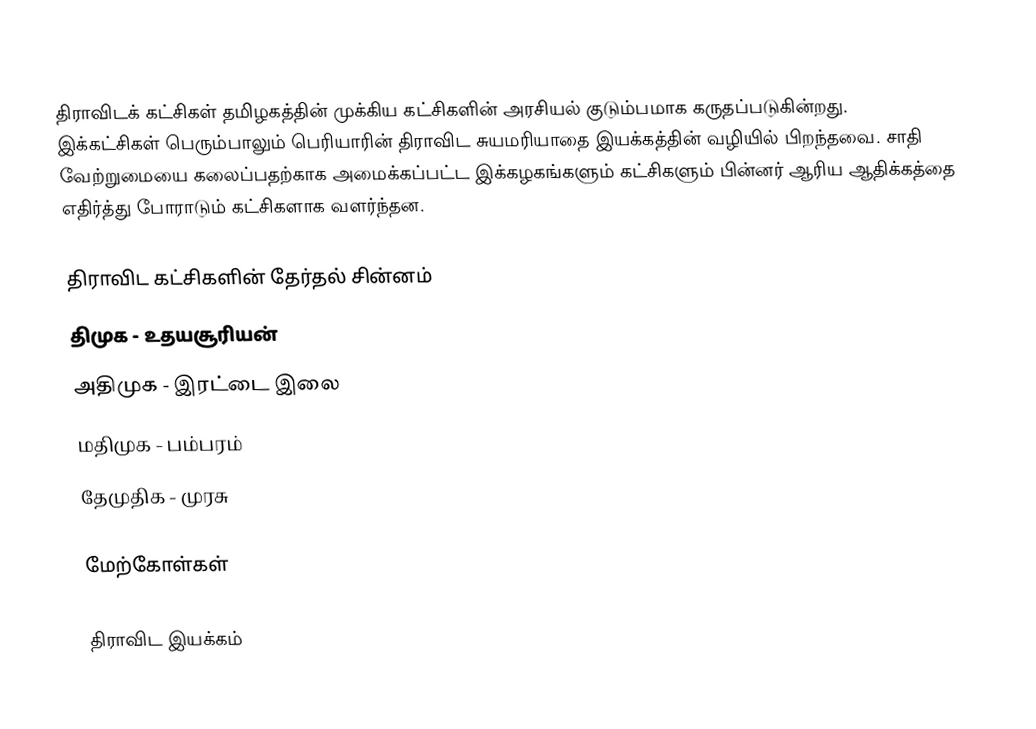
திராவிடக் கட்சிகள் தமிழகத்தின் முக்கிய கட்சிகளின் அரசியல் குடும்பமாக கருதப்படுகின்றது. இக்கட்சிகள் பெரும்பாலும் பெரியாரின் திராவிட சுயமரியாதை இயக்கத்தின் வழியில் பிறந்தவை. சாதி வேற்றுமையை கலைப்பதற்காக அமைக்கப்பட்ட இக்கழகங்களும் கட்சிகளும் பின்னர் ஆரிய ஆதிக்கத்தை எதிர்த்து போராடும் கட்சிகளாக வளர்ந்தன.

திராவிட கட்சிகளின் தேர்தல் சின்னம்
திமுக - உதயசூரியன்
அதிமுக - இரட்டை இலை
மதிமுக - பம்பரம்
தேமுதிக - முரசு

மேற்கோள்கள்

திராவிட இயக்கம்